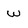
Character: W